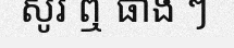
សូរ ឮ ផាង ៗ